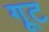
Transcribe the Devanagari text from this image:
गूट